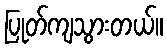
ပြုတ်ကျသွားတယ်။